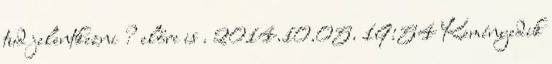
tud jelentkezni ? előre is . 2014.10.05. 19:54 Keményedik